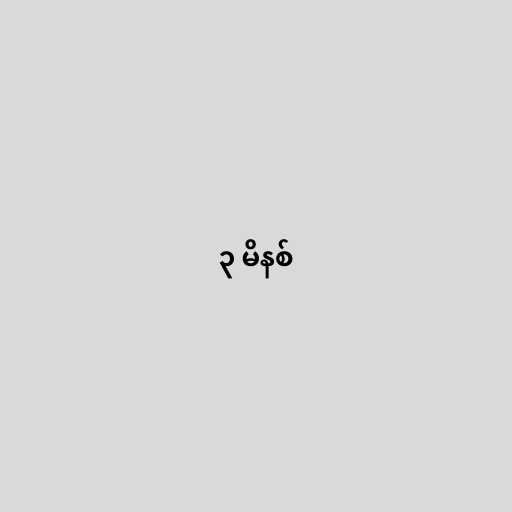
၃ မိနစ်